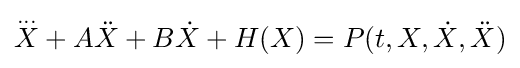
{\overset {...}{X}}+A{\ddot {X}}+B{\dot {X}}+H(X)=P(t,X,{\dot {X}},{\ddot {X}})